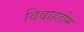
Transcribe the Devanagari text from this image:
विवाहहोम